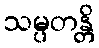
သမ္ပတန္တိ